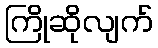
ကြိုဆိုလျက်